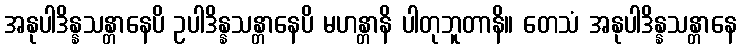
အနုပါဒိန္နသန္တာနေပိ ဥပါဒိန္နသန္တာနေပိ မဟန္တာနိ ပါတုဘူတာနိ။ တေသံ အနုပါဒိန္နသန္တာနေ